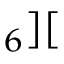
_ 6 ] [